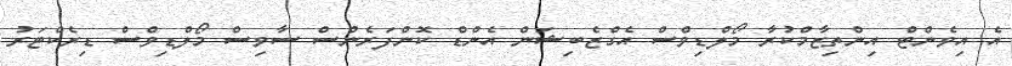
އެ އިވެންޓް އިންތިޒާމްކުރާ މޯލްޑިވްސް އެގްޒެބިޝަން އެންޑް ކޮންފަރެންސް ސާވިސް މޯލްޑިވްސް ޑިރެކްޓަރު